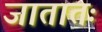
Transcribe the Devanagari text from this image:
जातातः